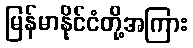
မြန်မာနိုင်ငံတို့အကြား